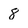
Character: 8